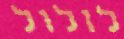
לזלול